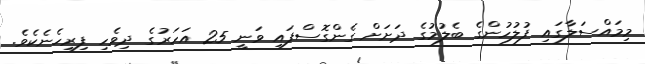
މިމައްސަލާގައި ފުލުހުންގެ ބެލުމުގެ ދަށަށް ގެންގޮސްފައި ވަނީ 25 އަހަރުގެ ދިވެހި ފިރިހެނެކެވެ.